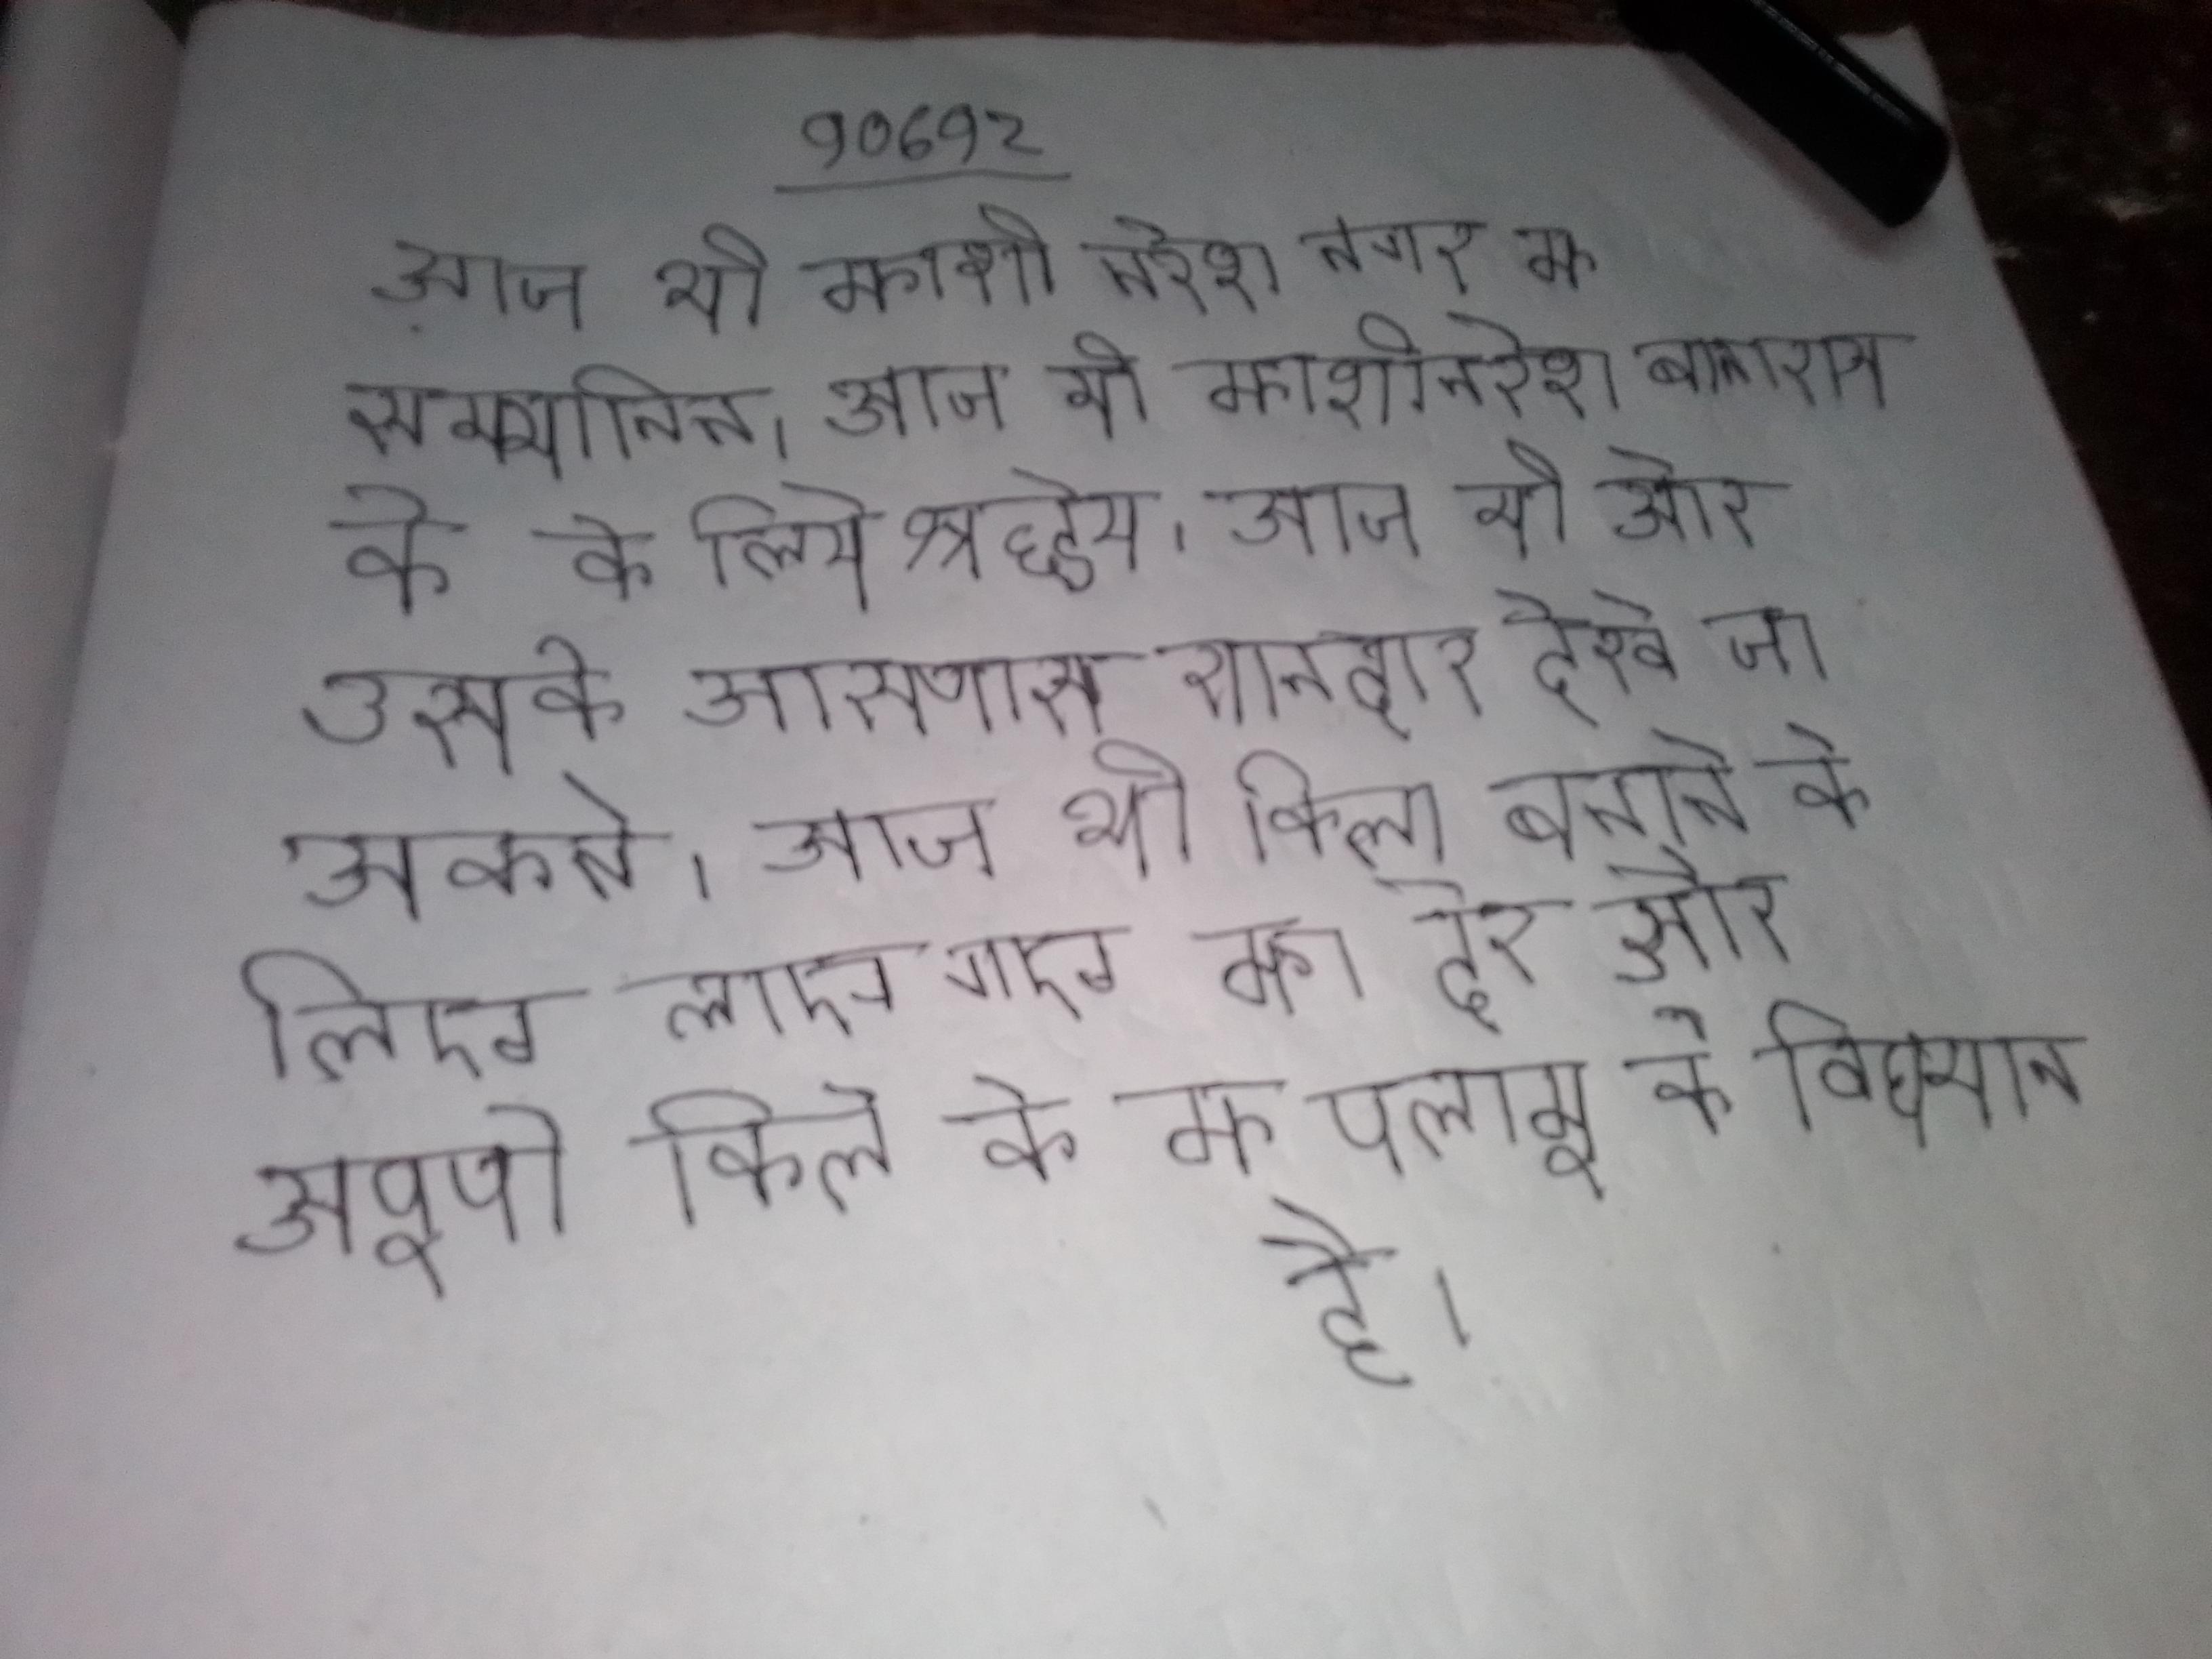
आज भी काशी नरेश नगर के सम्मानित । आज भी काशीनरेश बनारस के के लिये श्रद्धेय । आज भी और उसके आसपास शानदार देखे जा सकते । आज भी किला बनाने के लिए लाए गए का ढेर और अपूर्ण किले के का पलामू के विद्यमान है ।